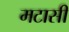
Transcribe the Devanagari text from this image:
मटासी